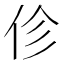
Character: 𫢗